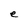
Character: e